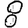
Digit: 8